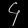
Digit: ၄